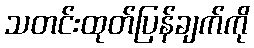
သတင်းထုတ်ပြန်ချက်ကို